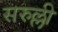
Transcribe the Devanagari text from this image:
सरुल्ली